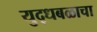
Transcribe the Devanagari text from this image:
युद्धबळाचा